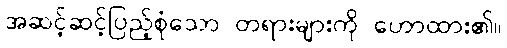
အဆင့်ဆင့်ပြည့်စုံသော တရားများကို ဟောထား၏။